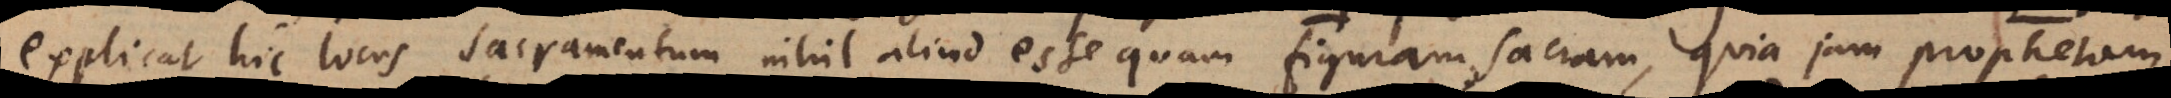
explicat hic locus sacramentum nihil aliud esse quam figuram sacram, quia jam prophetam